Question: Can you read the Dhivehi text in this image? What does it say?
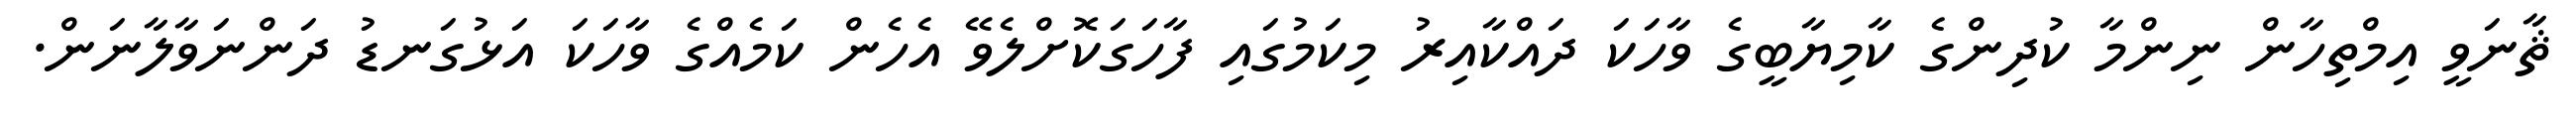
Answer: ޘާނަވީ އިމްތިހާން ނިންމާ ކުދިންގެ ކާމިޔާބީގެ ވާހަކަ ދައްކާއިރު މިކަމުގައި ފާހަގަކޮށްލެވޭ އެހެން ކަމެއްގެ ވާހަކަ އަޅުގަނޑު ދަންނަވާލާނަން.